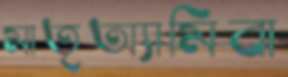
মাতৃঅ্যামিবা